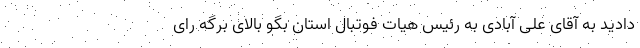
دادید به آقای علی آبادی به رئیس هیات فوتبال استان بگو بالای برگه رای